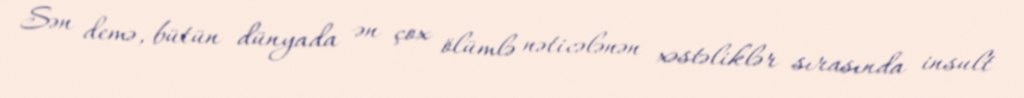
Sən demə, bütün dünyada ən çox ölümlə nəticələnən xəstəliklər sırasında insult